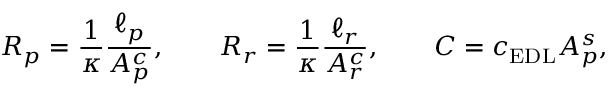
R _ { p } = \frac { 1 } { \kappa } \frac { \ell _ { p } } { A _ { p } ^ { c } } , \qquad R _ { r } = \frac { 1 } { \kappa } \frac { \ell _ { r } } { A _ { r } ^ { c } } , \qquad C = c _ { \mathrm { E D L } } A _ { p } ^ { s } ,